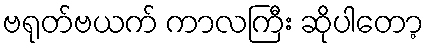
ဗရုတ်ဗယက် ကာလကြီး ဆိုပါတော့